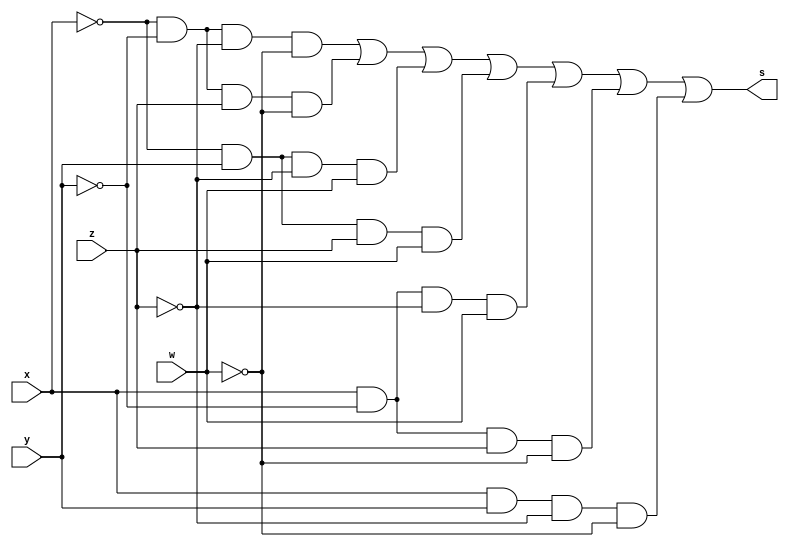
// ---------------------
// TRUTH TABLE
// Nome: marcos antonio lommez Candido Ribeiro
// 27/08/2022
// ---------------------
// ---------------------
// -- expression m ( 0, 2, 5, 7, 9, 10, 12 )
// ---------------------

module SoP (output s, input x, y, z, w); // mintermos
    assign s = (~x & ~y & ~z & ~w) | // m0 
               (~x & ~y & z  & ~w) | // m2 
               (~x & y  & ~z & w ) | // m5 
               (~x & y  & z  & w ) | // m7 
               (x  & ~y & ~z & w ) | // m9 
               (x  & ~y & z  & ~w) | // m10
               (x  & y  & ~z & ~w) ; // m12
endmodule // SoP


// ---------------------
// -- test_module
// ---------------------
module test_module;
    reg x, y, z, w;
    wire s1;

    // instancias
    SoP SOP1 (s1, x, y, z, w);
    
    // valores iniciais
    initial 
        begin: start
            x=1'bx; // indefinidos
            y=1'bx; // indefinidos
            z=1'bx; // indefinidos
            w=1'bx; // indefinidos
        end

    // parte principal
    initial 
        begin: main
            // identificacao
            $display("Ex03d - Marcos Antonio Lommez - 771157");
            $display(" ( 0, 2, 5, 7, 9, 10, 12 ) ");

            // monitoramento
            $display(" x | y | z | w =  ");
            $monitor("%2b |%2b |%2b |%2b =    %2b", x, y, z, w, s1);
            
            // sinalizacao
            #1 x=0; y=0; z=0; w=0;
            #1 x=0; y=0; z=0; w=1;
            #1 x=0; y=0; z=1; w=0;
            #1 x=0; y=0; z=1; w=1;
            #1 x=0; y=1; z=0; w=0;
            #1 x=0; y=1; z=0; w=1;
            #1 x=0; y=1; z=1; w=0;
            #1 x=0; y=1; z=1; w=1;
            #1 x=1; y=0; z=0; w=0;
            #1 x=1; y=0; z=0; w=1;
            #1 x=1; y=0; z=1; w=0;
            #1 x=1; y=0; z=1; w=1;
            #1 x=1; y=1; z=0; w=0;
            #1 x=1; y=1; z=0; w=1;
            #1 x=1; y=1; z=1; w=0;
            #1 x=1; y=1; z=1; w=1;
        end
endmodule // test_module